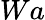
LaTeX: Wa